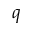
q